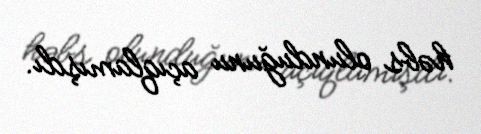
həbs olunduğunu açıqlamışdı.